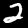
Label: 2